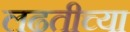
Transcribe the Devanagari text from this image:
लढतीच्या